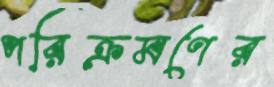
পরিক্রমণের